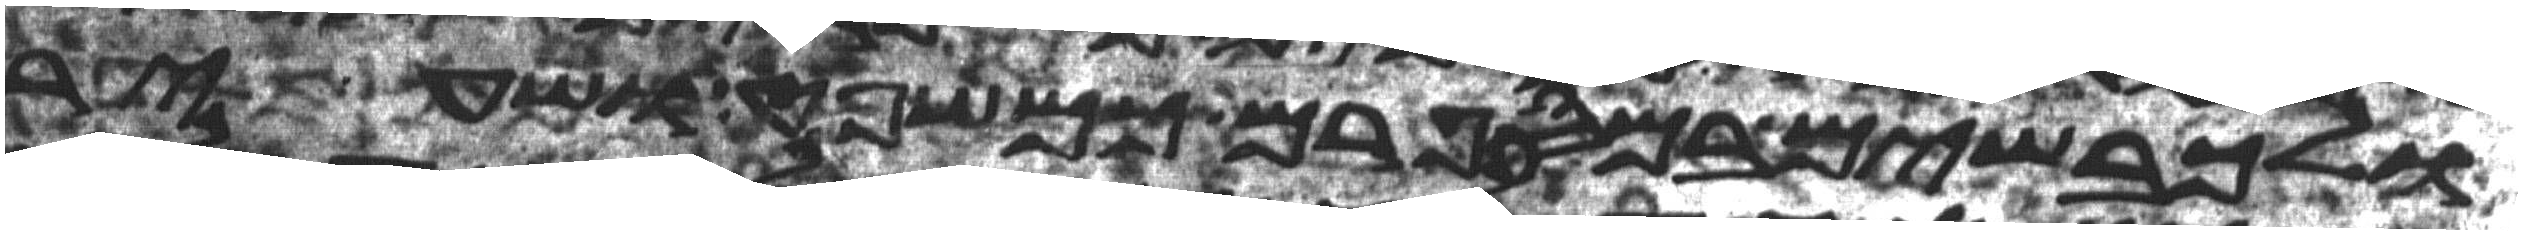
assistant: ולכבשים במספרם כמשפט ושעיר